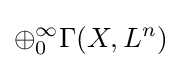
\oplus _{0}^{\infty }\Gamma (X,L^{n})